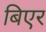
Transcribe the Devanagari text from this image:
बिएर